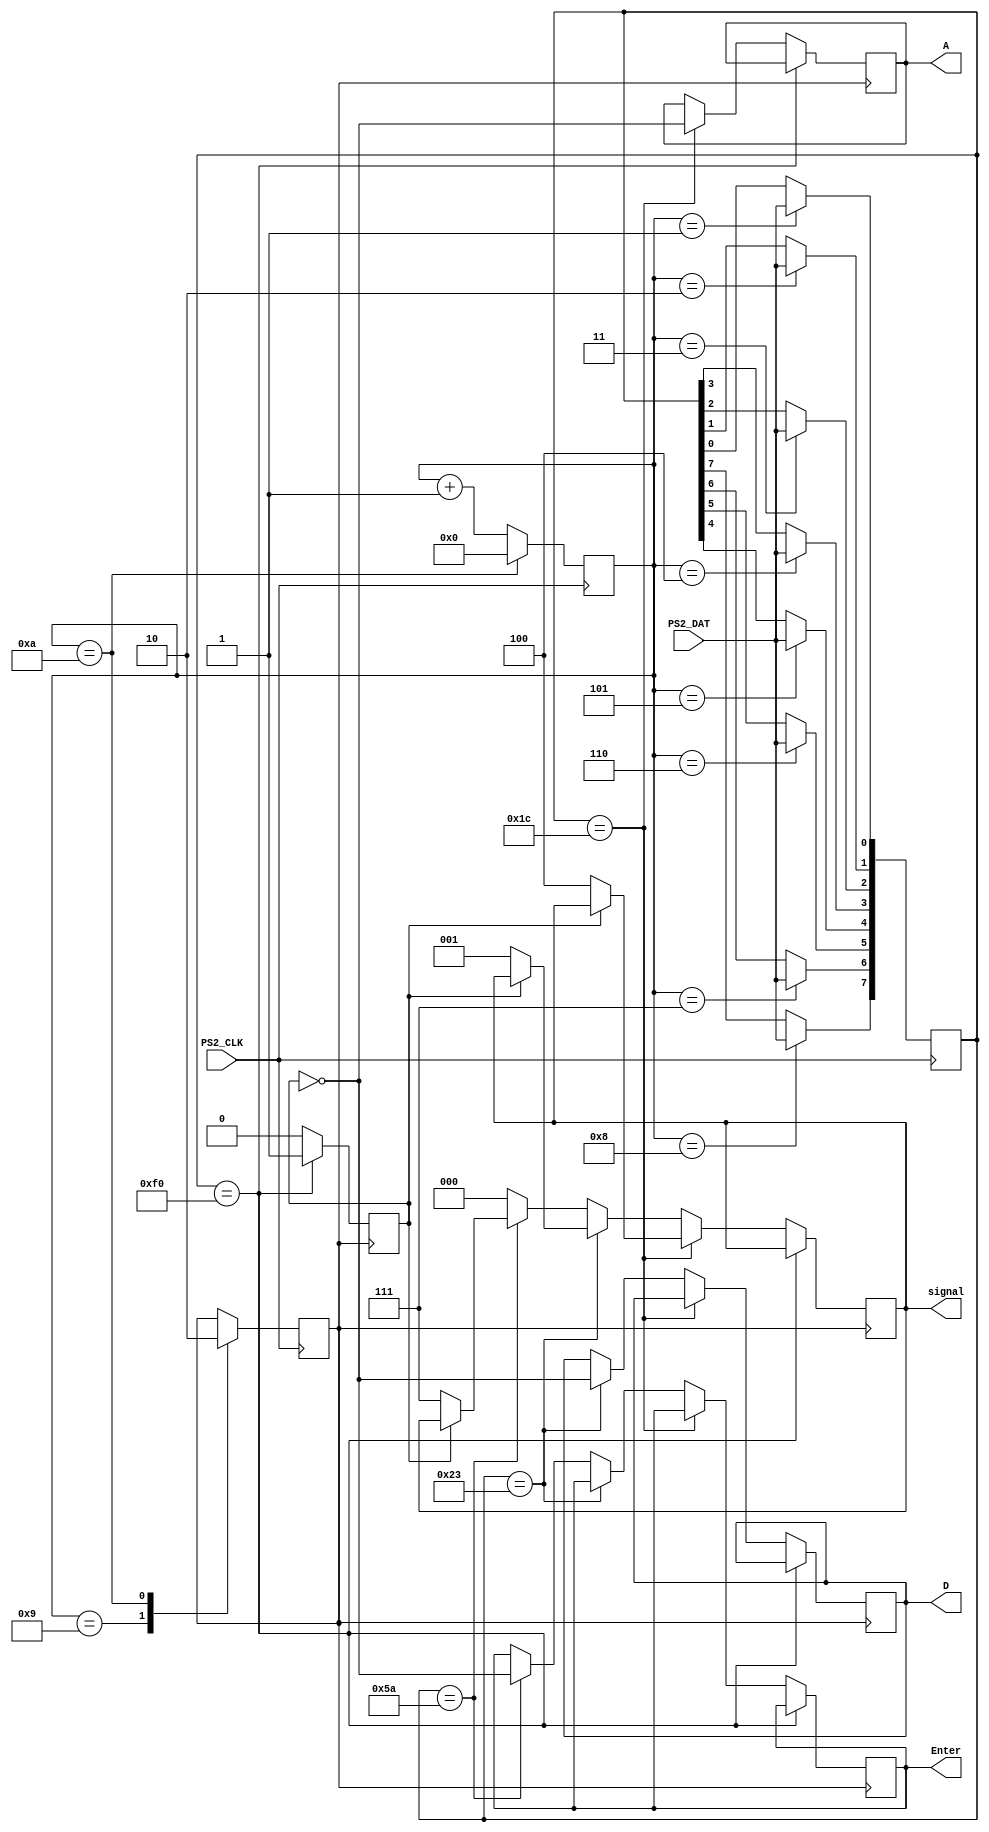
module Keyboard(PS2_CLK, PS2_DAT, A, D, Enter, signal);
    input PS2_CLK, PS2_DAT;
    output reg A = 1'b0, D = 1'b0, Enter = 1'b0;
	 output reg [2:0] signal;
    reg [3:0] counter = 4'b0;
	 reg [7:0] data = 8'b0;
    reg done = 1'b0, pulse_down = 1'b0;
    always @(negedge PS2_CLK) begin
        case(counter)
            4'd0:   ;
            4'd1:   data[0] <= PS2_DAT;
            4'd2:   data[1] <= PS2_DAT;
            4'd3:   data[2] <= PS2_DAT;
            4'd4:   data[3] <= PS2_DAT;
            4'd5:   data[4] <= PS2_DAT;
            4'd6:   data[5] <= PS2_DAT;
            4'd7:   data[6] <= PS2_DAT;
            4'd8:   data[7] <= PS2_DAT;
            4'd9:   done <= 1'b1;
            4'd10:  done <= 1'b0;
            default: counter <= 0;
        endcase
        if(counter == 10) counter <= 0;
        else counter <= counter+1;
    end
    always @(posedge done) begin
        if(data == 8'hF0) begin
            pulse_down <= 1;
				//signal <= 3'b000;
        end
        else begin
            if(data == 8'h1C)begin
				A <= !pulse_down;
				if(pulse_down != 1'b1) signal <= 3'b100;
				end
            else if(data == 8'h23)begin
				D <= !pulse_down;
				if(pulse_down != 1'b1) signal <= 3'b001;
				end
            else if(data == 8'h5A) begin
				Enter <= !pulse_down;
				if(pulse_down != 1'b1) signal <= 3'b111; 
				end
            else signal <= 3'b000;
				pulse_down <= 0;
				
        end
    end
endmodule

module hex_decoder(c, display);
    input [3:0] c;
    output [6:0] display;
    assign display[0] = !((c[3] | c[2] | c[1] | !c[0]) & (!c[3] | !c[2] | c[1] | !c[0]) & (!c[3] | c[2] | !c[1] | !c[0]) & (c[3] | !c[2] | c[1] | c[0]));
    assign display[1] = !((c[3] | !c[2] | c[1] | !c[0]) & (c[3] | !c[2] | !c[1] | c[0]) & (!c[3] | c[2] | !c[1] | !c[0]) & (!c[3] | !c[2] | c[1] | c[0])& (!c[3] | !c[2] | !c[1] | c[0])& (!c[3] | !c[2] | !c[1] | !c[0]));
    assign display[2] = !((c[3] | c[2] | !c[1] | c[0]) & (!c[3] | !c[2] | c[1] | c[0]) & (!c[3] | !c[2] | !c[1] | c[0]) & (!c[3] | !c[2]  | !c[1] | !c[0]));
    assign display[3] = !((c[3] | c[2] | c[1] | !c[0]) & (c[3] | !c[2] | c[1] | c[0]) & (c[3] | !c[2] | !c[1]  | !c[0]) & (!c[3] | c[2] | !c[1] | c[0]) & (!c[3] | !c[2] | !c[1] | !c[0]));
    assign display[4] = !((c[3] | c[2] | c[1] | !c[0]) & (c[3] | c[2] | !c[1] | !c[0]) & (c[3] | !c[2] | c[1] | c[0]) & (c[3] | !c[2] | c[1] | !c[0]) & (c[3] | !c[2] | !c[1] | !c[0]) & (!c[3] | c[2] | c[1] | !c[0]));
    assign display[5] = !((c[3] | c[2] | c[1] | !c[0]) & (c[3] | c[2] | !c[1] | !c[0]) & (c[3] | !c[2] | !c[1] | !c[0]) & (!c[3] | !c[2] | c[1] | !c[0]) & (c[3] | c[2] | !c[1] | c[0]));
    assign display[6] = !((c[3] | c[2] | c[1] | c[0]) & (c[3] | c[2] | c[1] | !c[0]) & (c[3] | !c[2] | !c[1] | !c[0]) & (!c[3] | !c[2] | c[1] | c[0]));
endmodule

//module Keyboard(input PS2_CLK, PS2_DAT, output [6:0] HEX0, HEX1, HEX2);
//	wire A, D, ENTER;
//	keyboard kb(PS2_CLK, PS2_DAT, A, D, ENTER);
//	hex_decoder h1 (A, HEX0);
//	hex_decoder h2 (D, HEX1);
//	hex_decoder h3(ENTER, HEX2);
//endmodule